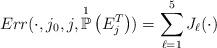
LaTeX: \begin{align*}Err(\cdot ,j_{0},j,\overset{1}{\mathbb{P}}\left(E_{j}^{T}\right)) = \sum_{\ell = 1}^{5} J_{\ell}(\cdot)\end{align*}